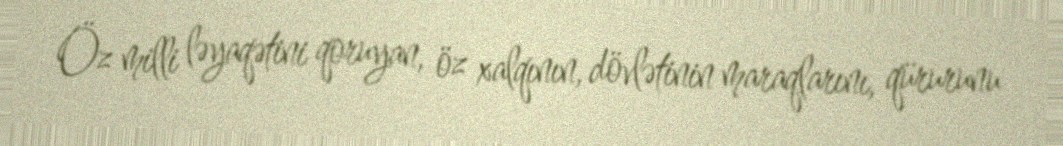
Öz milli ləyaqətini qoruyan, öz xalqının, dövlətinin maraqlarını, qürurunu